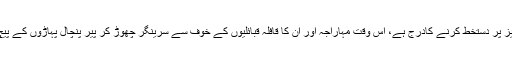
گو کہ کئی وقائع نگاروں کے بقول جو وقت اس دستاویز پر دستخط کرنے کادرج ہے، اس وقت مہاراجہ اور ان کا قافلہ قبائلیوں کے خوف سے سرینگر چھوڑ کر پیر پنچال پہاڑوں کے پیچ در پیچ راستوں سے جموں کی طرف فرار ہو رہا تھا۔